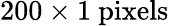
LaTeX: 200\times 1~\mathrm{pixels}